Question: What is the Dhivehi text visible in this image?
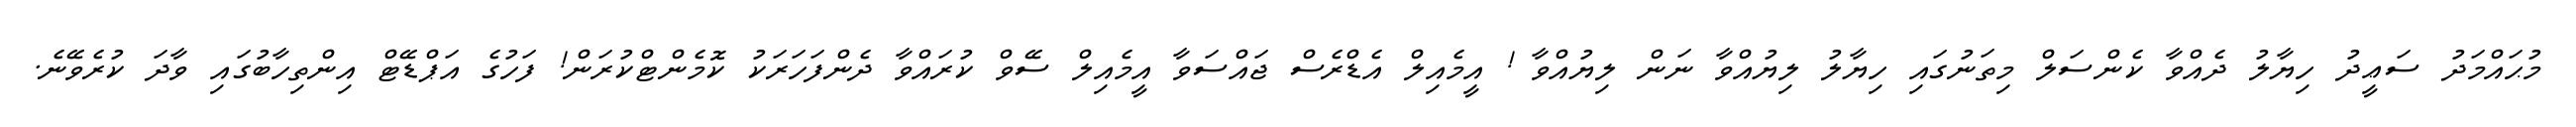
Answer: މުޙައްމަދު ސަޢީދު ހިޔާލު ދެއްވާ ކެންސަލް މިތަނުގައި ހިޔާލު ލިޔުއްވާ ނަން ލިޔުއްވާ ! އީމެއިލް އެޑްރެސް ޖައްސަވާ އީމެއިލް ސޭވް ކުރައްވާ ދެންފަހަރަކު ކޮމެންޓްކުރަން! ފަހުގެ އަޕްޑޭޓް އިންތިހާބުގައި ވާދަ ކުރެވޭނެ.